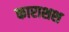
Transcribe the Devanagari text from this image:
काराशश